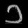
Digit: ၁